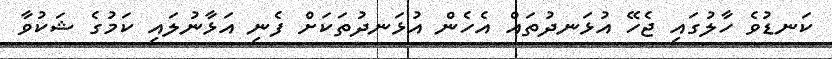
ކަނޑުވެ ހާލުގައި ޖެހޭ އުޅަނދުތައް އެހެން އުޅަނދުތަކަށް ފެނި އަޅާނުލައި ކަމުގެ ޝަކުވާ